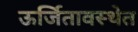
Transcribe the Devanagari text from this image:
ऊर्जितावस्थेत